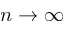
n \to \infty